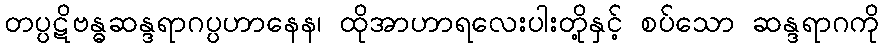
တပ္ပဋိဗန္ဓဆန္ဒရာဂပ္ပဟာနေန၊ ထိုအာဟာရလေးပါးတို့နှင့် စပ်သော ဆန္ဒရာဂကို